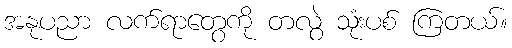
အနုပညာ လက်ရာတွေကို တလွဲ သုံးပစ် ကြတယ်။